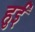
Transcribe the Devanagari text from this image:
हुर्इं